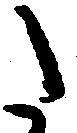
た